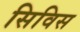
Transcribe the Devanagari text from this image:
सिविस